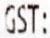
GST: